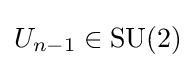
U_{n-1}\in \operatorname {SU} (2)